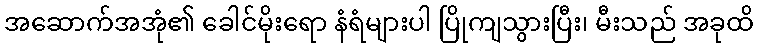
အဆောက်အအုံ၏ ခေါင်မိုးရော နံရံများပါ ပြိုကျသွားပြီး၊ မီးသည် အခုထိ